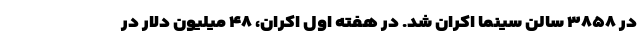
در ۳۸۵۸ سالن سینما اکران شد. در هفته اول اکران، ۴۸ میلیون دلار در